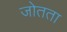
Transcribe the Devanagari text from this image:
जोतता